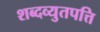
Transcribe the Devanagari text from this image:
शब्दव्युतपत्ति